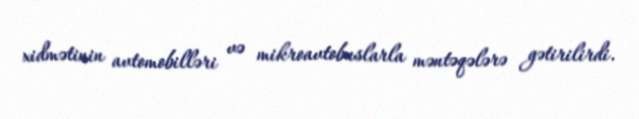
xidmətinin avtomobilləri və mikroavtobuslarla məntəqələrə gətirilirdi.